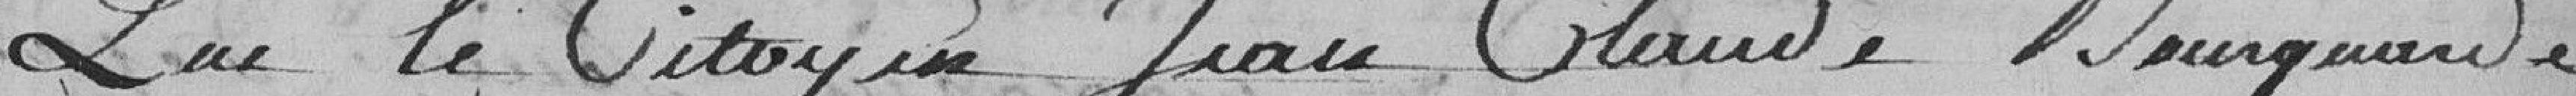
que le citoyen Jean-Claude (Bourquardé)